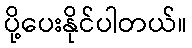
ပို့ပေးနိုင်ပါတယ်။